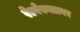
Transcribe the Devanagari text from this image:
रेल्वेरुळावर